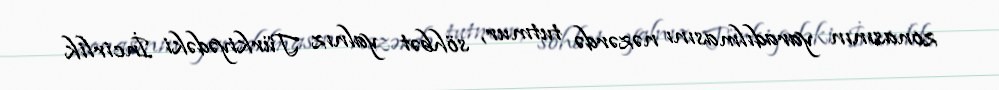
zonasının yaradılmasını nəzərdə tutmur, söhbət yalnız Türkiyədəki İncirlik